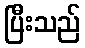
ပြီးသည်